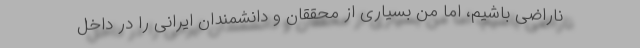
ناراضی باشیم، اما من بسیاری از محققان و دانشمندان ایرانی را در داخل